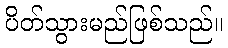
ပိတ်သွားမည်ဖြစ်သည်။